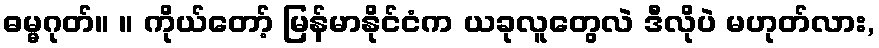
ဓမ္မဂုတ်။ ။ ကိုယ်တော့် မြန်မာနိုင်ငံက ယခုလူတွေလဲ ဒီလိုပဲ မဟုတ်လား,